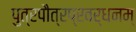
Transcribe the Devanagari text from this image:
पुत्रपौत्रप्रवर्धनम्